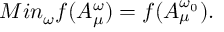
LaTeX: M i n _ { \omega } f ( A _ { \mu } ^ { \omega } ) = f ( A _ { \mu } ^ { \omega _ { 0 } } ) .